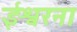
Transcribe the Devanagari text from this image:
ईश्वरना